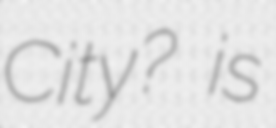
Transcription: City? is